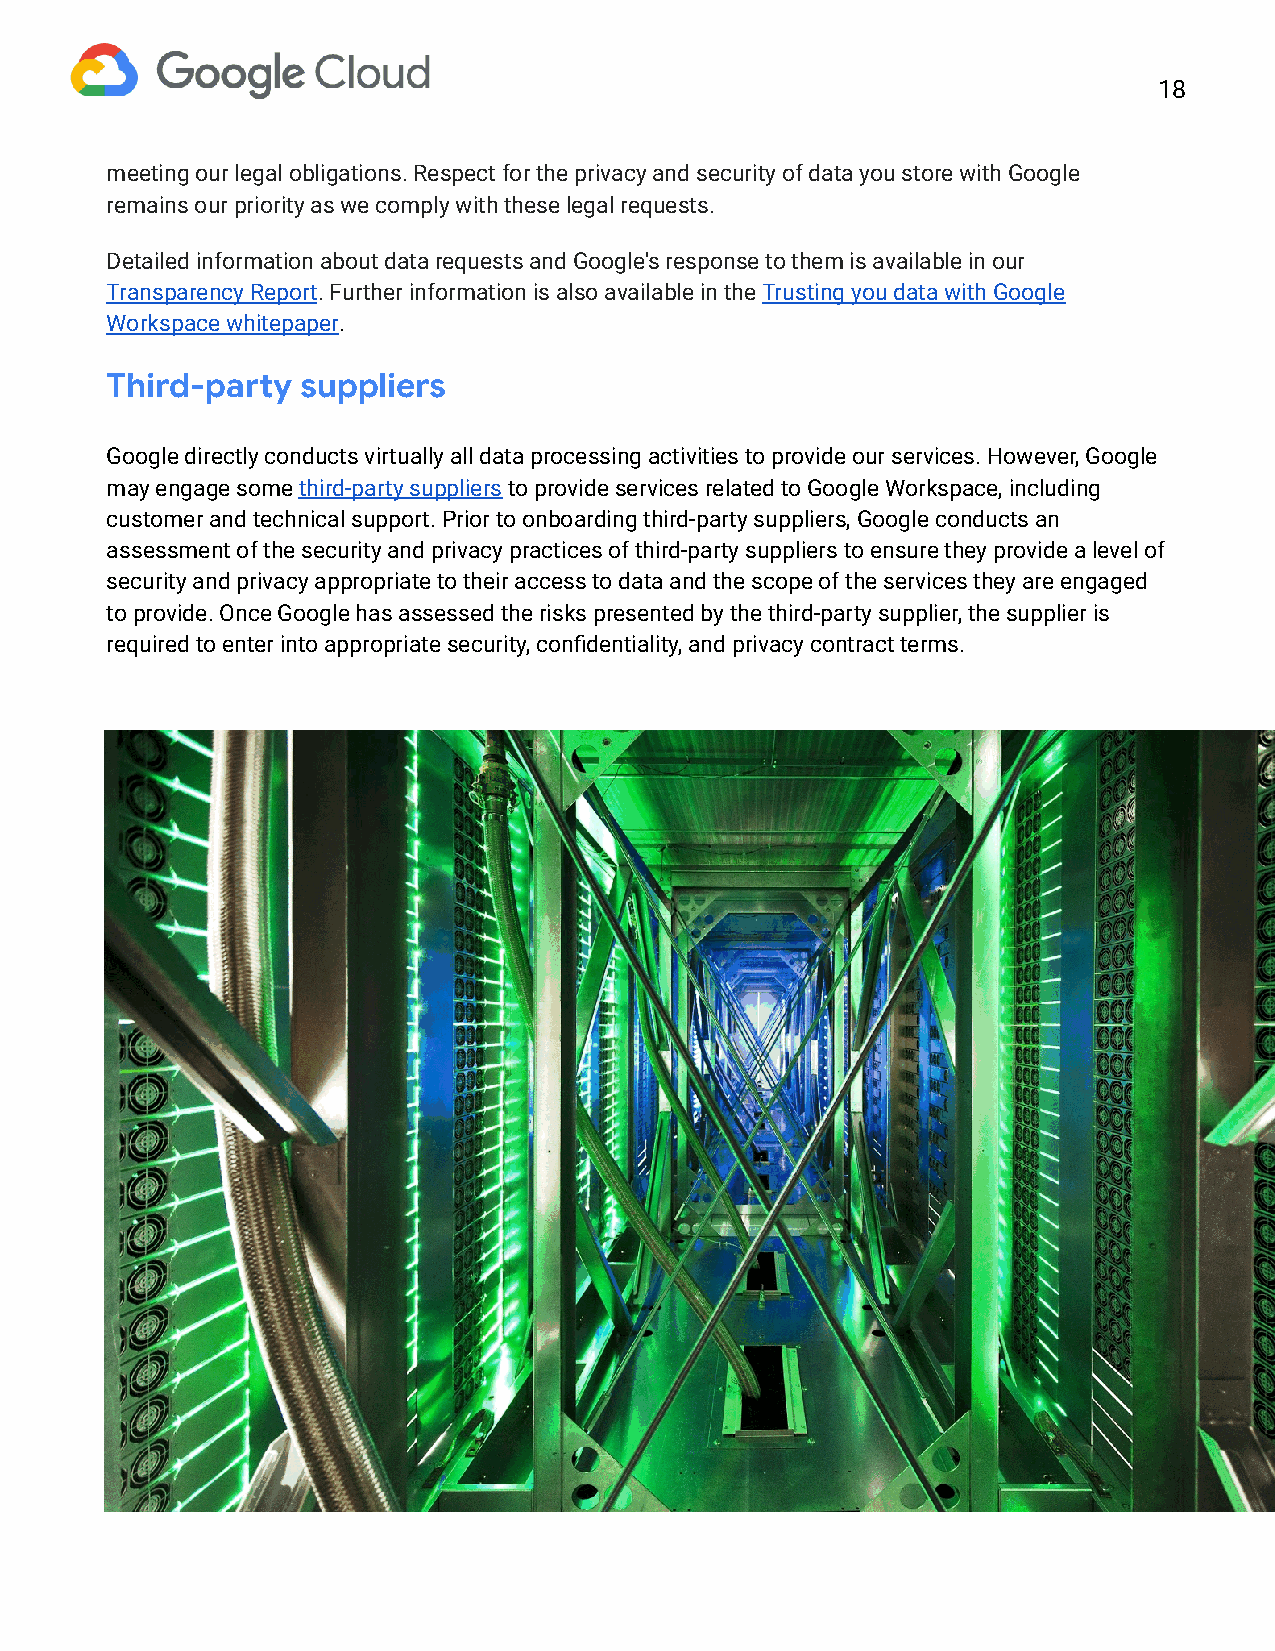
18
 meeting our legal obligations. Respect for the privacy and security of data you store with Google
 remains our priority as we comply with these legal requests.
 Detailed information a bout data requests and Google's response to them i s available in our
 Transparency Report. Further information is also available in the T rusting you data with Google
 Workspace whitepaper.
 Third-pay   suppliers
 Google directly conducts virtually all data processing activities to provide our services. However, Google
 may engage some t hird-party suppliers to provide services related to Google Workspace, including
 customer and technical support. Prior to onboarding third-party suppliers, Google conducts an
 assessment of the security and privacy practices of third-party suppliers to ensure they provide a level of
 security and privacy appropriate to their access to data and the scope of the services they are engaged
 to provide. Once Google has assessed the risks presented by the third-party supplier, the supplier is
 required to enter into appropriate security, confidentiality, and privacy contract terms.